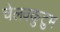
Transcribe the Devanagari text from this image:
चेलवकुटुम